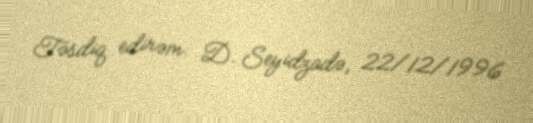
Təsdiq edirəm: D. Seyidzadə, 22/12/1996